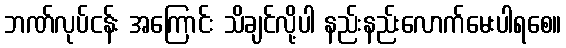
ဘဏ်လုပ်ငန်း အကြောင်း သိချင်လို့ပါ နည်းနည်းလောက်မေးပါရစေ။